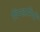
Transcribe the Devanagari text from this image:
पिण्डारियों